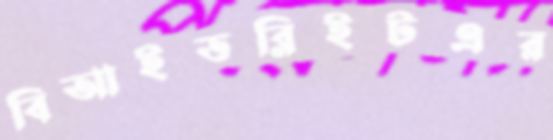
বিআইডব্লিইটএর